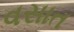
વસાત